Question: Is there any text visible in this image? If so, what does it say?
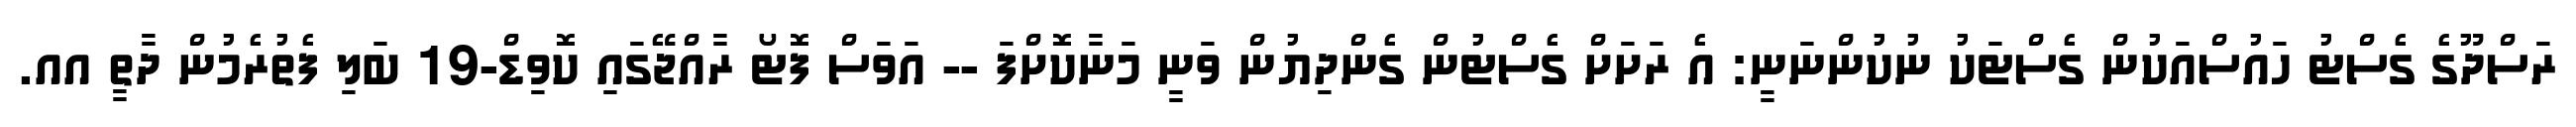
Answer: ރަސްދޫގެ ގެސްޓު ހައުސްއަކުން ގެސްޓަކު ނުކުންނަނީ: އެ ރަށަށް ގެސްޓުން ގެންދިޔުން ވަނީ މަނާކޮށްފަ -- އަވަސް ފޮޓޯ ރާއްޖޭގައި ކޮވިޑް-19 ބަލި ފެތުރެމުން ދާތީ އއ.